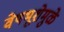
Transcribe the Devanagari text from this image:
वेषभूशेमुळे